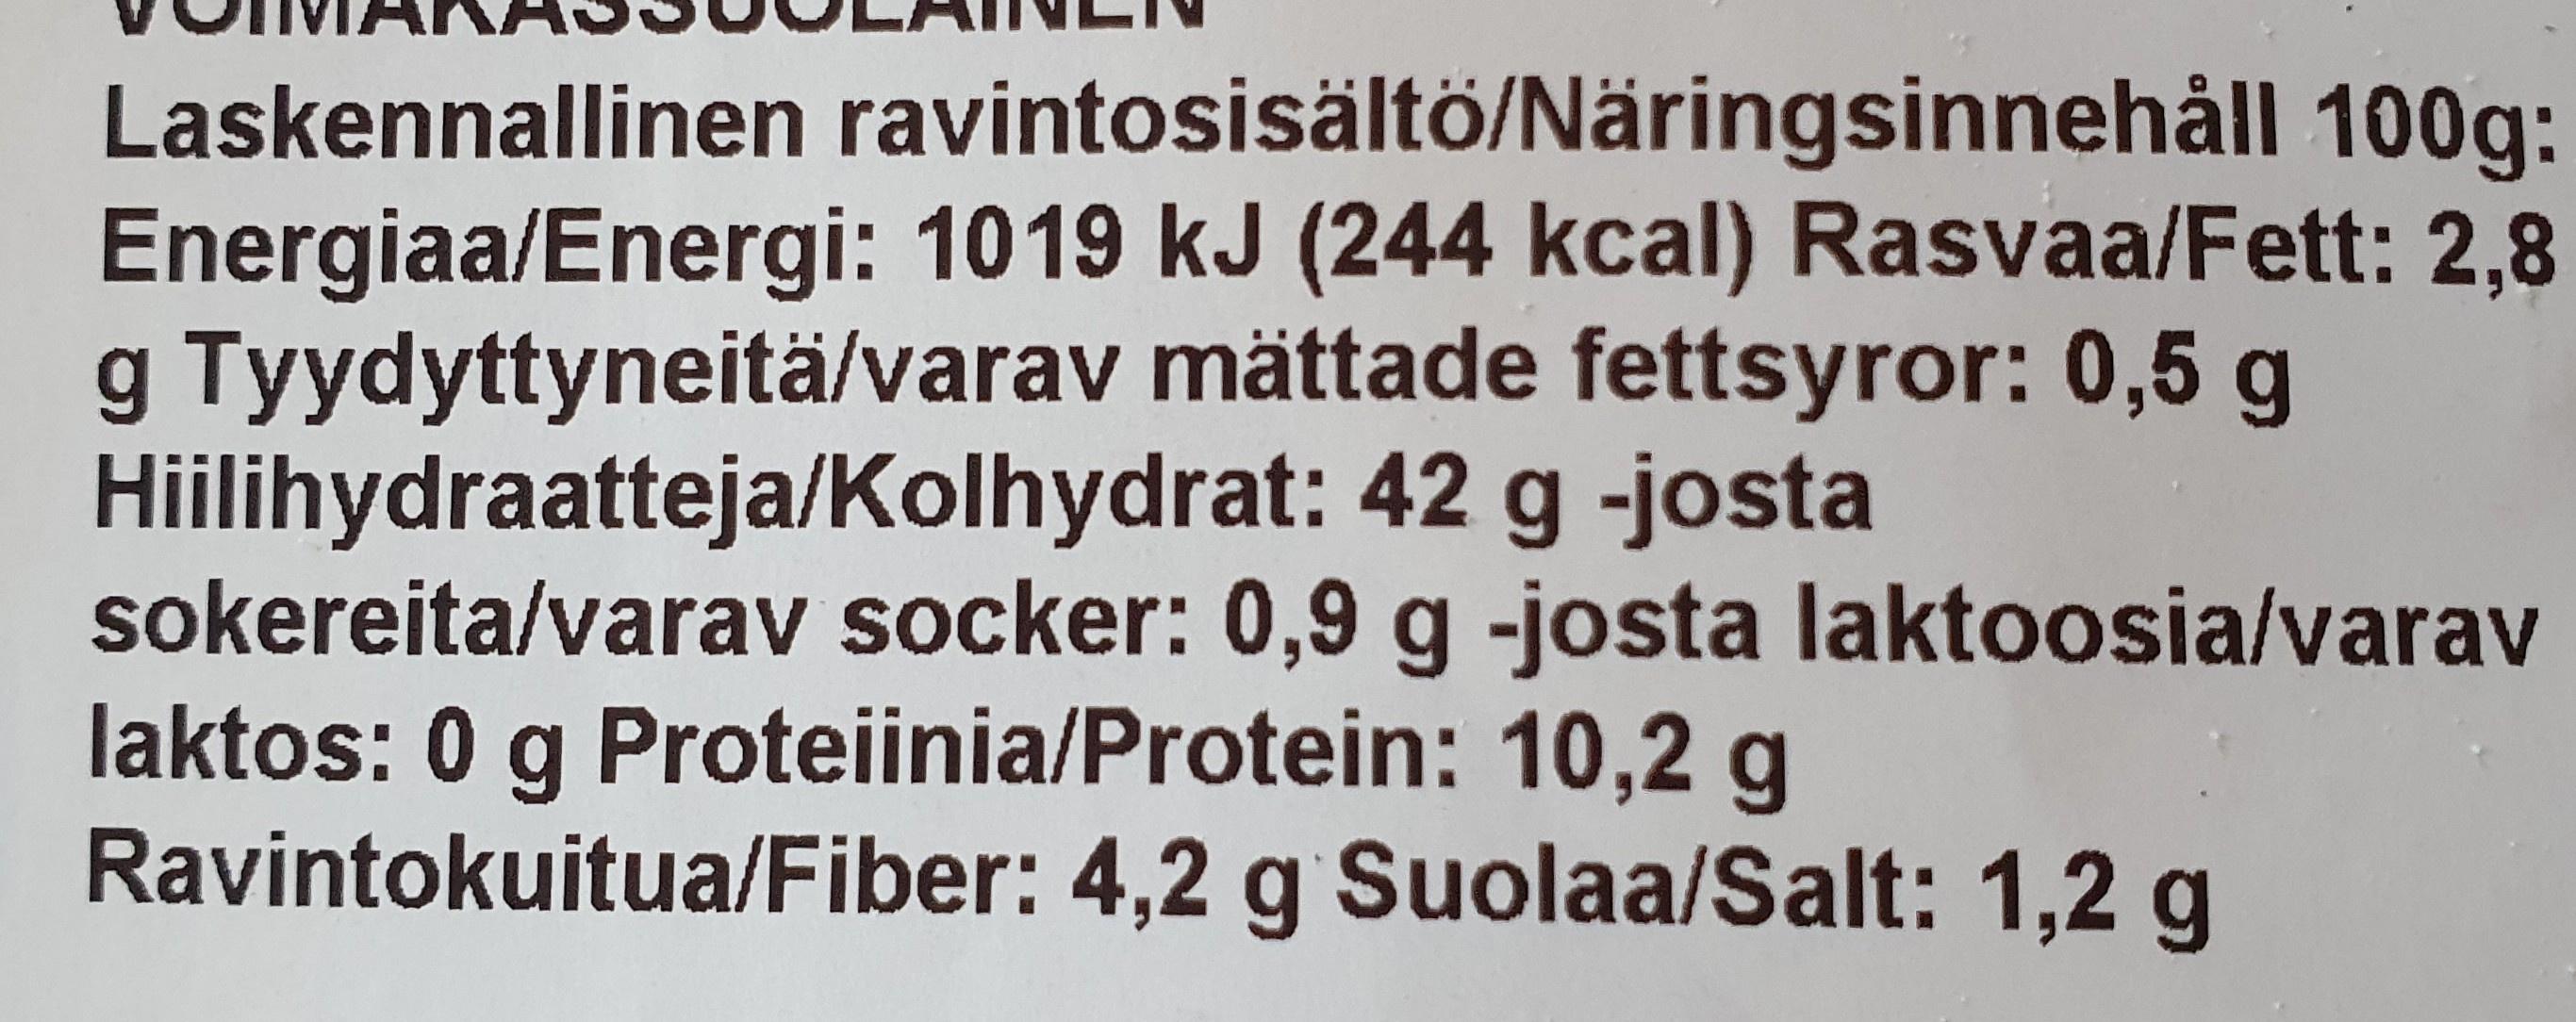
Laskennallinen ravintosisältö/Näringsinnehåll 100g: Energiaa/Energi: 1019 kJ (244 kcal) Rasvaa/Fett: 2,8 g Tyydyttyneitä/varav mättade fettsyror: 0,5 g Hiilihydraatteja/Kolhydrat: 42 g -josta sokereita/varav socker: 0,9 g -josta laktoosia/varav laktos: 0 g Proteiinia/Protein: 10,2 g Ravintokuitua/Fiber: 4,2 g Suolaa/Salt: 1,2 g